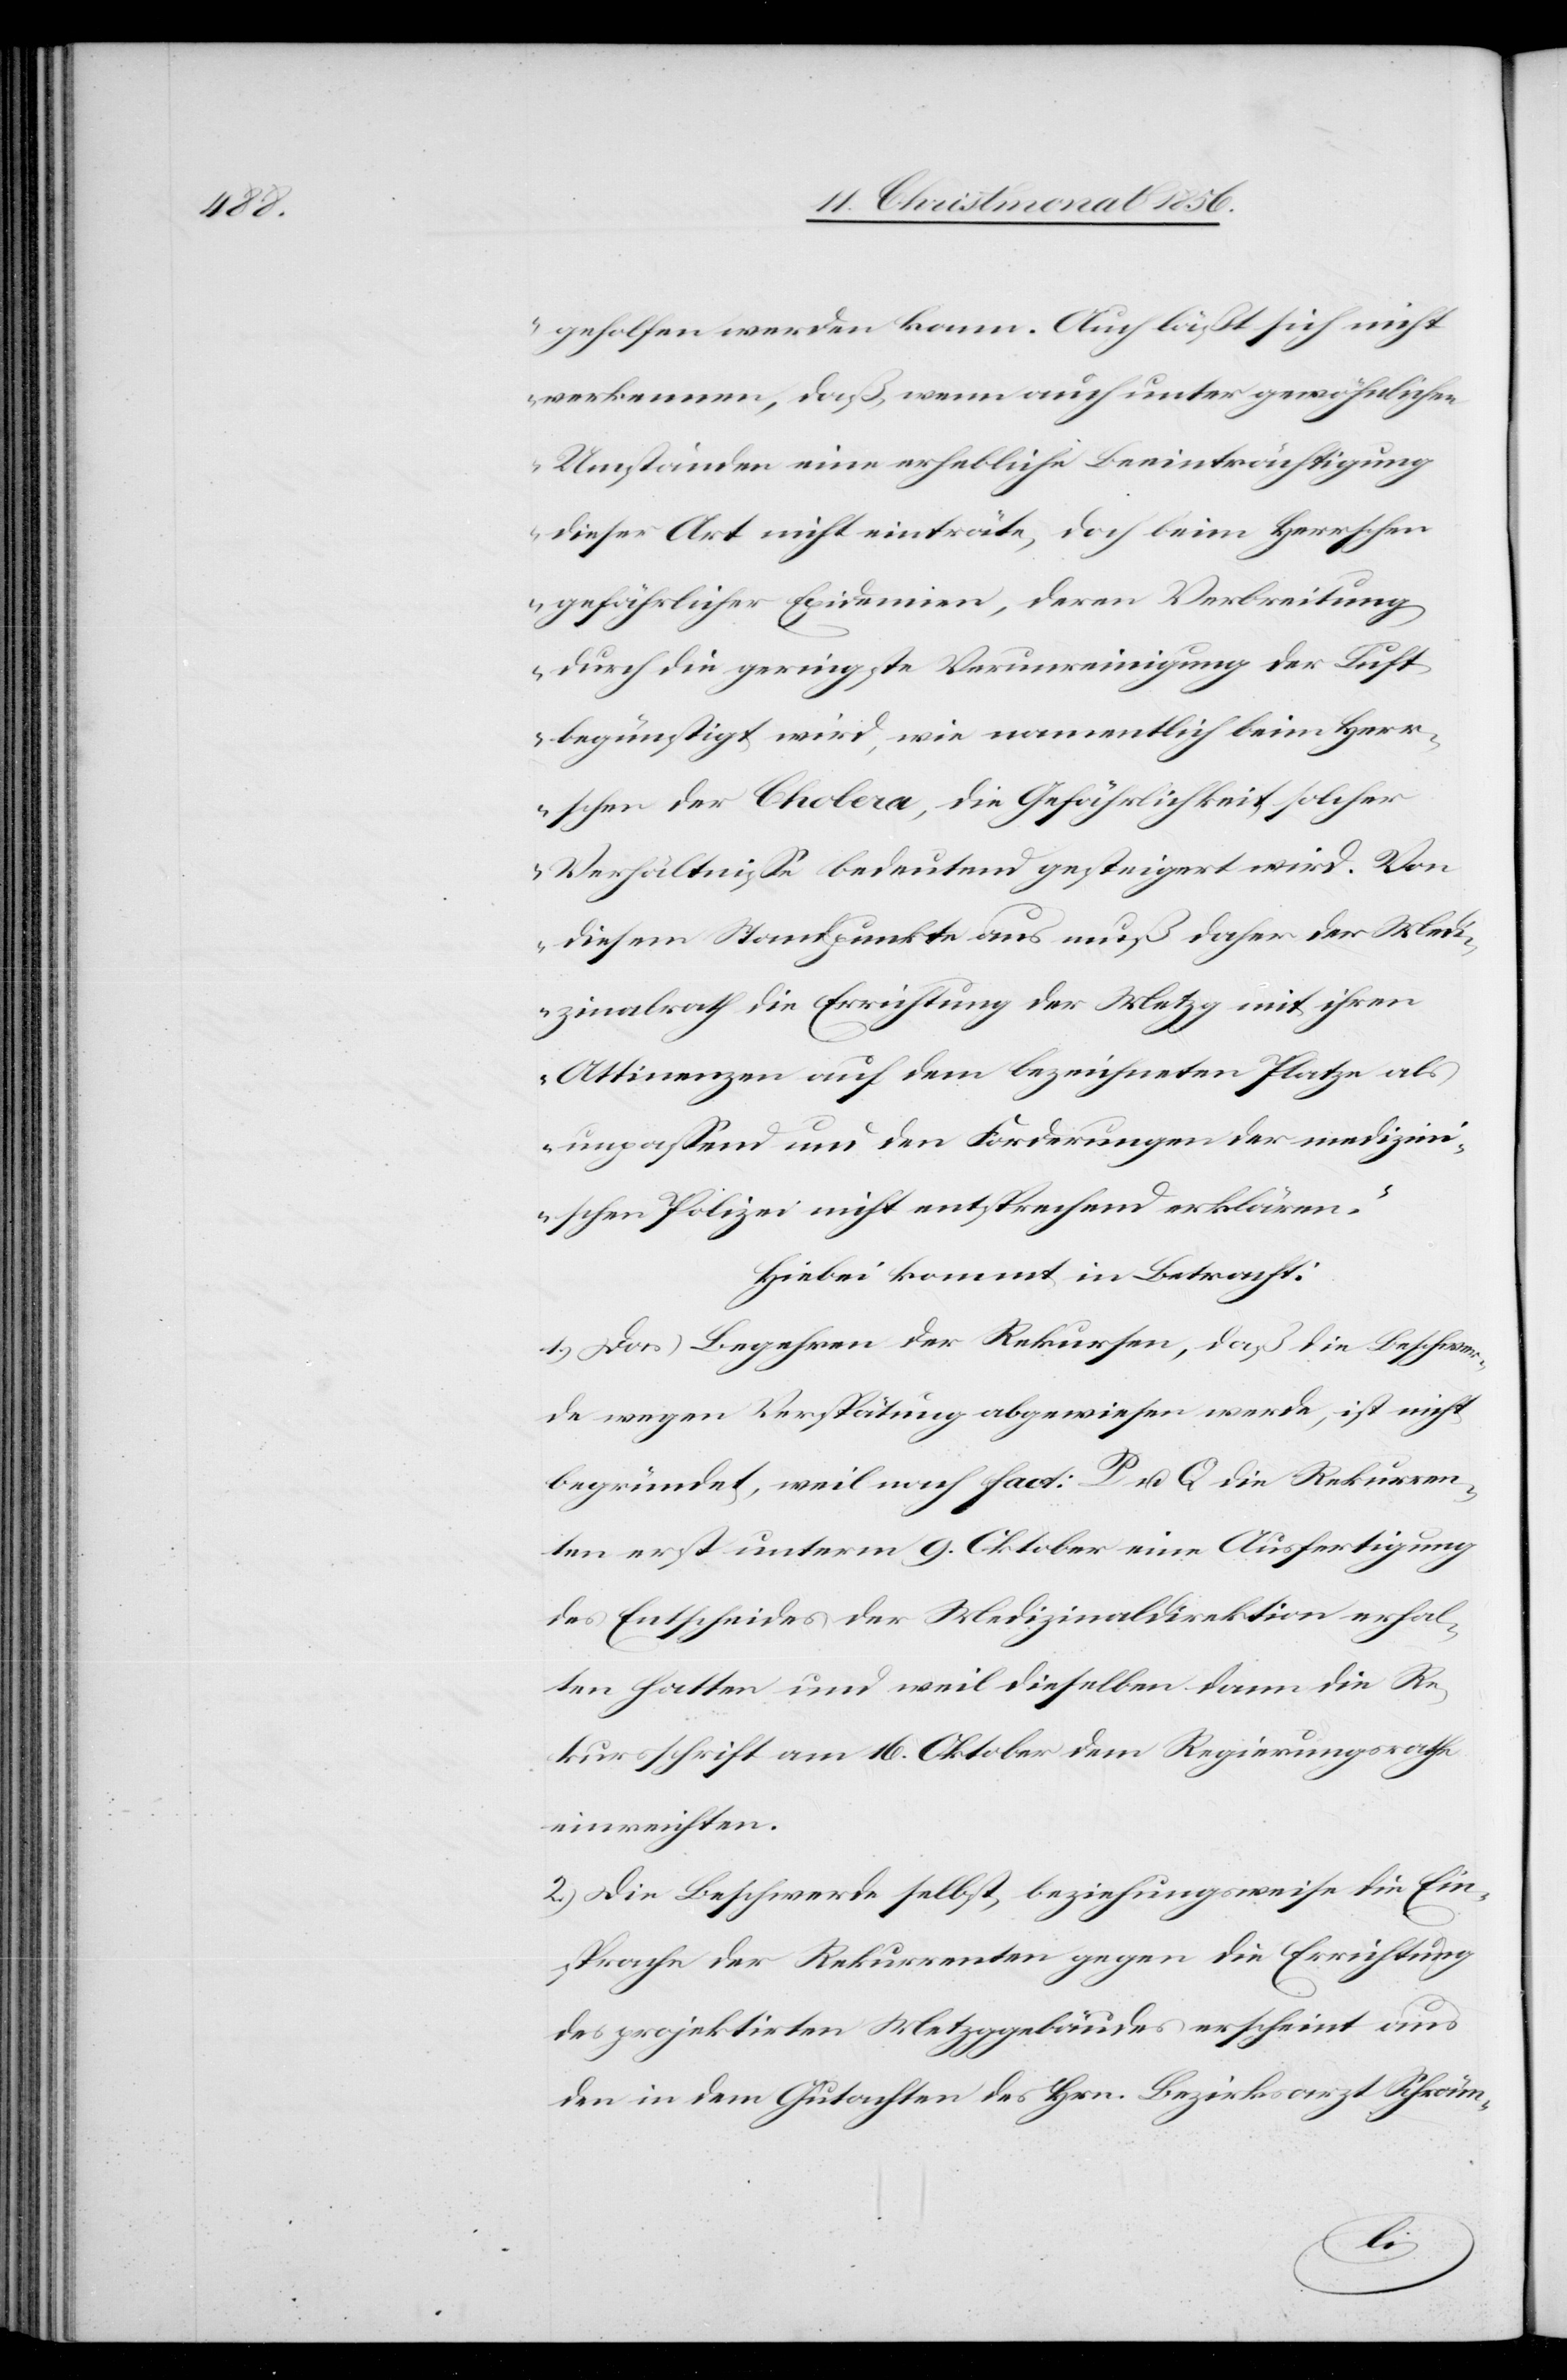
geholfen werden kann. Auch läßt sich nicht
verkennen, daß, wenn auch unter gewöhnlichen
Umständen eine erhebliche Beeinträchtigung
dieser Art nicht einträte, doch beim Herrschen
gefährlicher Epidemien, deren Verbreitung
durch die geringste Verunreinigung der Luft
begünstigt wird, wie namentlich beim Herr¬
schen der Cholera, die Gefährlichkeit solcher
Verhältnisse bedeutend gesteigert wird. Von
diesem Standpunkte aus muß daher der Medi¬
zinalrath die Errichtung der Metzg mit ihren
Attinenzen auf dem bezeichneten Platze als
unpassend und den Forderungen der medizin¬
ischen Polizei nicht entsprechend erklären.“
Hiebei kommt in Betracht:
1.) Das Begehren der Rekursen, daß die Beschwer¬
de wegen Verspätung abgewiesen werde, ist nicht
begründet, weil nach fact: P u. Q die Rekurren¬
ten erst unterm 9. Oktober eine Ausfertigung
des Entscheides der Medizinaldirektion erhal¬
ten hatten und weil dieselben dann die Re¬
kursschrift am 16. Oktober dem Regierungsrathe
einreichten.
2.) Die Beschwerde selbst beziehungsweise die Ein¬
sprache der Rekurrenten gegen die Errichtung
des projektirten Metzggebäudes erscheint aus
den in dem Gutachten des Hrn. Bezirksarzt Schräm-